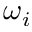
\omega _ { i }